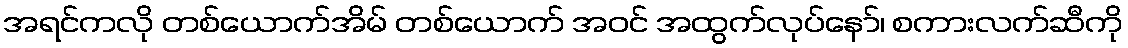
အရင်ကလို တစ်ယောက်အိမ် တစ်ယောက် အဝင် အထွက်လုပ်နော်၊ စကားလက်ဆီကို